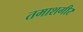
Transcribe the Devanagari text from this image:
तमाशगीर